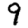
Digit: 9